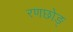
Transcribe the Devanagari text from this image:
रणछोङ्